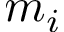
m _ { i }